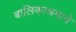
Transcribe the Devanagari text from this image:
बालिकाश्रमाचे